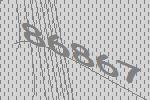
86867